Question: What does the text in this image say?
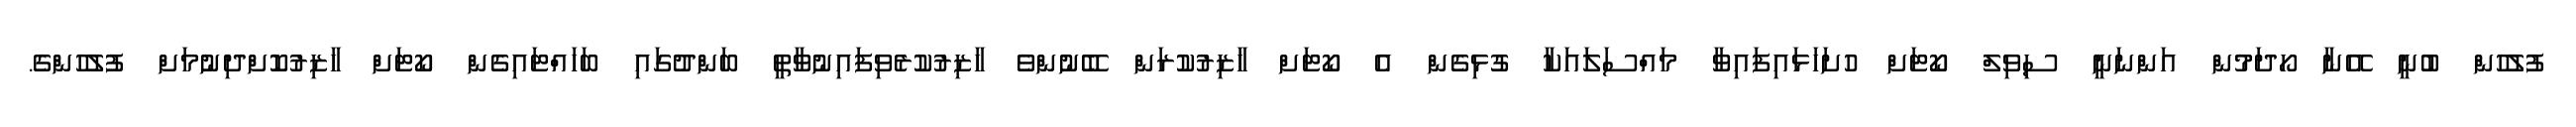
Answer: ފުލުހުން ބުނީ އޭނާ ހޯދަމުން އަންނަނީ ސިވިލް ކޯޓަށް ހުށަހަޅައިފައިވާ މައްސަލައަކާ ގުޅިގެން އެ ކޯޓަށް ހާޒިރުކުރަން ބޭނުންވެ ހާޒިރުކުރެވިފައިނުވާތީ ބަންދުގައި ބަހައްޓައިގެން ކޯޓަށް ހާޒިރުކޮށްދިނުމަށް ފުލުހުންގެ.